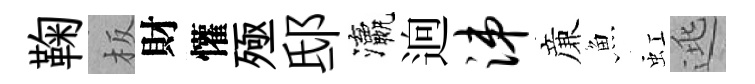
鞠板財懽殛邸瀛逈涕亷魚虹逃